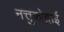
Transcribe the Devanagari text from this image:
नत्तुकोट्टाई